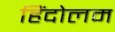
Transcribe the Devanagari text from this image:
हिंदोलम